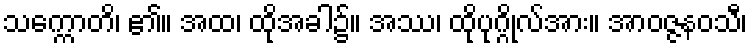
သက္ကောတိ၊ ၏။ အထ၊ ထိုအခါ၌။ အဿ၊ ထိုပုဂ္ဂိုလ်အား။ အာဝဇ္ဇနဝသီ၊